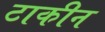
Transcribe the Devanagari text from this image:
टाकीन